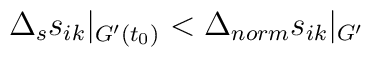
\Delta_ss_{ik}|_{G'(t_0)}<\Delta_{norm}s_{ik}|_{G'}